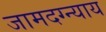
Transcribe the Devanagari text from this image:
जामदग्न्याय